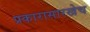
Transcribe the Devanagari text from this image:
प्रकारासारखेच